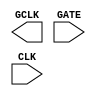
module sky130_fd_sc_hs__dlclkp (
    GCLK,
    GATE,
    CLK
);

    output GCLK;
    input  GATE;
    input  CLK ;

    // Voltage supply signals
    supply1 VPWR;
    supply0 VGND;

endmodule